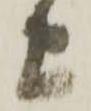
上